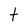
Character: t